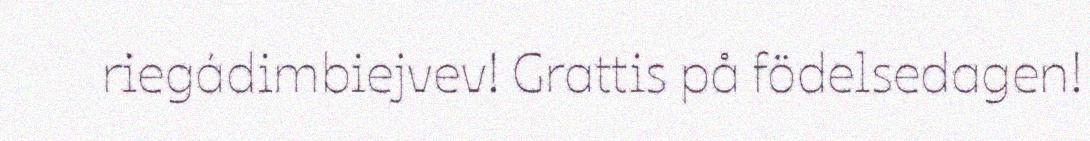
riegádimbiejvev! Grattis på födelsedagen!